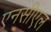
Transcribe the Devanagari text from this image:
एनसीएल